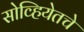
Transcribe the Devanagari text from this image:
सोव्हियेतचे